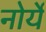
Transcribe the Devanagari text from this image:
नोर्ये